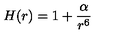
H ( r ) = 1 + \frac { \alpha } { r ^ { 6 } }